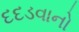
દદડવાનો